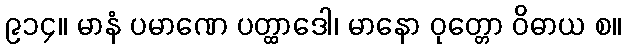
၉၁၄။ မာနံ ပမာဏေ ပတ္ထာဒေါ၊ မာနော ဝုတ္တော ဝိဓာယ စ။